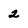
Character: 2